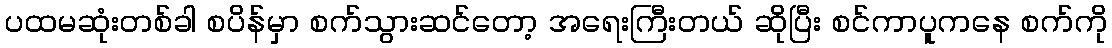
ပထမဆုံးတစ်ခါ စပိန်မှာ စက်သွားဆင်တော့ အရေးကြီးတယ် ဆိုပြီး စင်ကာပူကနေ စက်ကို